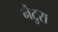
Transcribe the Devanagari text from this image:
नैटुरा